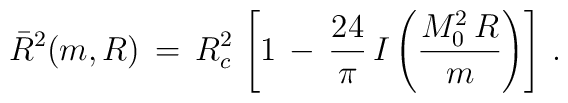
\bar R^2(m,R)\,=\,R_c^2\,\left[1\,-\,\frac{24}{\pi}\,I\left(\frac{M_0^2\,R}{m}\right)\right]\,{.}